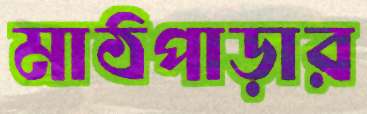
মাঠপাড়ার